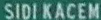
SIDI KACEM